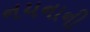
નયનાની